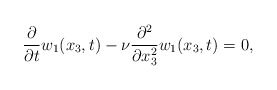
\begin{align*}\frac{\partial}{\partial t}w_1(x_3,t)-\nu \frac{\partial^2}{\partial x_3^2}w_1(x_3,t)=0,\end{align*}